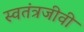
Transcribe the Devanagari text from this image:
स्वतंत्रजीवी